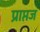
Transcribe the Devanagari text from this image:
प्राप्तज